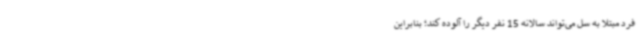
فرد مبتلا به سل می‌تواند سالانه 15 نفر دیگر را آلوده کند؛ بنابراین